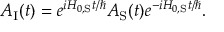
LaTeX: A _ { \mathrm { I } } ( t ) = e ^ { i H _ { 0 , { \mathrm { S } } } t / \hbar } A _ { \mathrm { S } } ( t ) e ^ { - i H _ { 0 , { \mathrm { S } } } t / \hbar } .